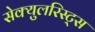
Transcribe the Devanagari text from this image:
सेक्युलरिस्ट्स